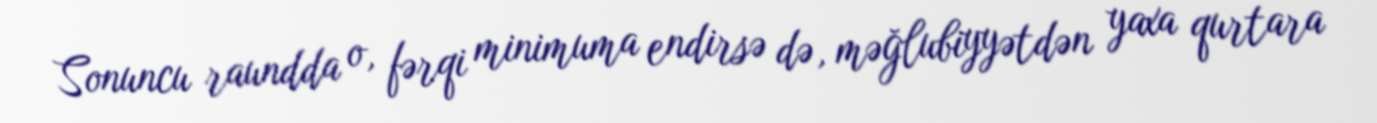
Sonuncu raundda o, fərqi minimuma endirsə də, məğlubiyyətdən yaxa qurtara